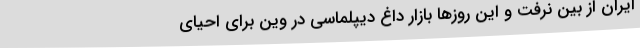
ایران از بین نرفت و این روزها بازار داغ دیپلماسی در وین برای احیای